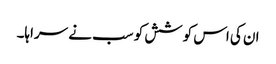
ان کی اس کوشش کو سب نے سراہا۔